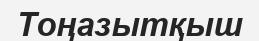
Тоңазытқыш